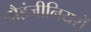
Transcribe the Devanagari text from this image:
नौइंजीनियरों